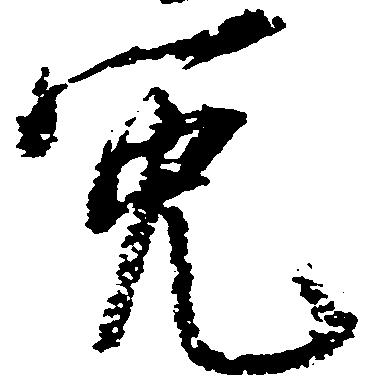
免